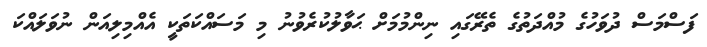
ފަސްމަސް ދުވަހުގެ މުއްދަތުގެ ތެރޭގައި ނިންމުމަށް ޙަވާލުކުރެވުނު މި މަސައްކަތަކީ އެއްމިލިއަން ނުވަލައްކަ